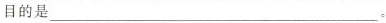
目的是___。